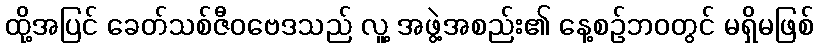
ထို့အပြင် ခေတ်သစ်ဇီဝဗေဒသည် လူ့ အဖွဲ့အစည်း၏ နေ့စဉ်ဘဝတွင် မရှိမဖြစ်